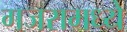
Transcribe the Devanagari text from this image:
गजरामध्ये